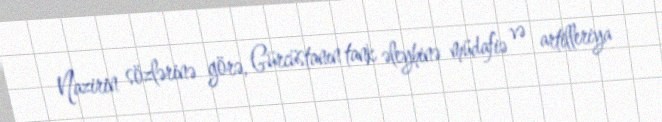
Nazirin sözlərinə görə, Gürcüstanın tank əleyhinə müdafiə və artilleriya